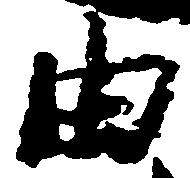
由